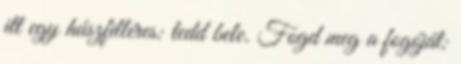
itt egy húszfilléres: tedd bele. Fogd meg a fogóját: